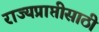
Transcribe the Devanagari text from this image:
राज्यप्राप्तीसाठी